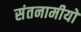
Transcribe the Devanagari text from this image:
संतनामीयो